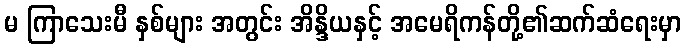
မ ကြာသေးမီ နှစ်များ အတွင်း အိန္ဒိယနှင့် အမေရိကန်တို့၏ဆက်ဆံရေးမှာ